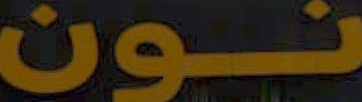
نون